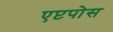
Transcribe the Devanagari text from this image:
एप्टपोस